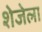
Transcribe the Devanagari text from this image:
शेजेला